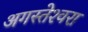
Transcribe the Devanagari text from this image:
अगस्‍तेश्‍वरा